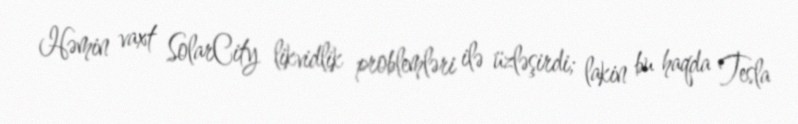
Həmin vaxt SolarCity likvidlik problemləri ilə üzləşirdi; lakin bu haqda Tesla